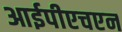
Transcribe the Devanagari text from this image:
आईपीएचएन